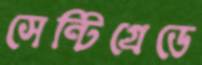
সেন্টিগ্রেডে